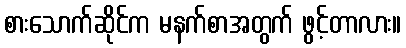
စားသောက်ဆိုင်က မနက်စာအတွက် ဖွင့်တာလား။